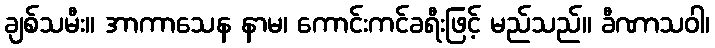
ချစ်သမီး။ အာကာသေန နာမ၊ ကောင်းကင်ခရီးဖြင့် မည်သည်။ ခီဏာသဝါ၊